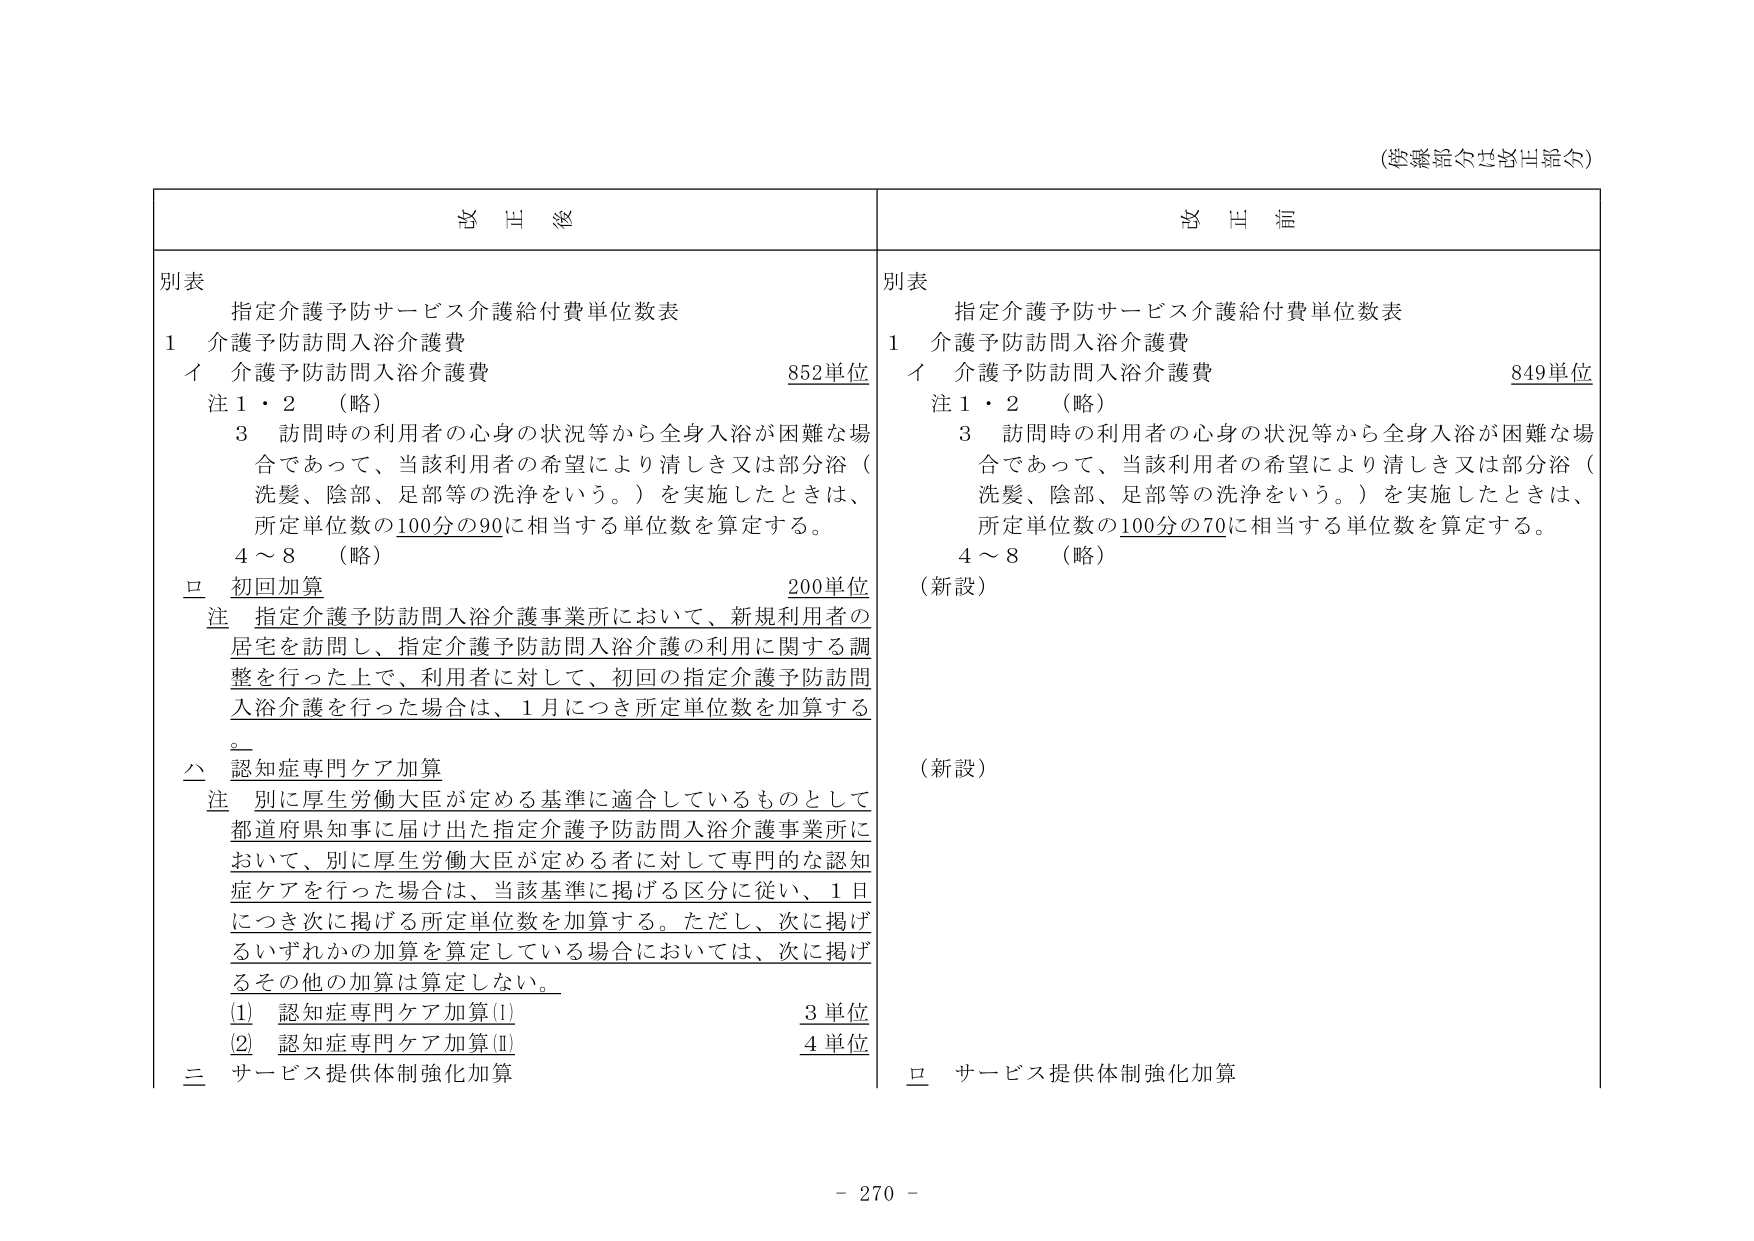
(参考記載は省略)

別表
指定介護予防サービス介護給付費単位数表

1 介護予防訪問入浴介護費
　イ 介護予防訪問入浴介護費 852単位
　注1・2 （略）
　　3 訪問時の利用者の心身の状況等から全身入浴が困難な場合であって、当該利用者の希望により清しき又は部分浴（洗髪、陰部、足部等の洗浄をいう。）を実施したときは、所定単位数の100分の90に相当する単位数を算定する。
　4～8 （略）
　ロ 初回加算 200単位
　注 指定介護予防訪問入浴介護事業所において、新規利用者の居宅を訪問し、指定介護予防訪問入浴介護の利用に関する調整を行った上で、利用者に対して、初回の指定介護予防訪問入浴介護を行った場合は、1月につき所定単位数を加算する。
　ハ 認知症専門ケア加算
　注 別に厚生労働大臣が定める基準に適合しているものとして都道府県知事に届け出た指定介護予防訪問入浴介護事業所において、別に厚生労働大臣が定める者に対して専門的な認知症ケアを行った場合は、当該基準に掲げる区分に従い、1日につき次に掲げる所定単位数を加算する。ただし、次に掲げるいずれかの加算を算定している場合においては、次に掲げるその他の加算は算定しない。
　　(1) 認知症専門ケア加算(Ⅰ) 3単位
　　(2) 認知症専門ケア加算(Ⅱ) 4単位
　三 サービス提供体制強化加算

別表
指定介護予防サービス介護給付費単位数表

1 介護予防訪問入浴介護費
　イ 介護予防訪問入浴介護費 849単位
　注1・2 （略）
　　3 訪問時の利用者の心身の状況等から全身入浴が困難な場合であって、当該利用者の希望により清しき又は部分浴（洗髪、陰部、足部等の洗浄をいう。）を実施したときは、所定単位数の100分の70に相当する単位数を算定する。
　4～8 （略）
　（新設）
　（新設）
　ロ サービス提供体制強化加算

- 270 -